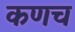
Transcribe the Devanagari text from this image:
कणच